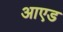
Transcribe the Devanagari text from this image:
आएड